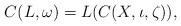
LaTeX: \begin{align*}C(L,\omega)=L(C(X,\iota,\zeta)),\end{align*}